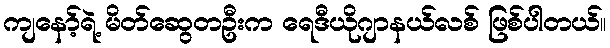
ကျနော့်ရဲ့ မိတ်ဆွေတဦးက ရေဒီယိုဂျာနယ်လစ် ဖြစ်ပါတယ်။